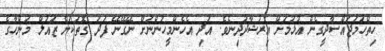
ހިތްހަމަޖައްސާދީގެން އުޅުމަށް އިރުޝާދުދިނެވެ. އަދި އެހެންމީހުންނަށް ނޭގޭނޭ ފަދަ ގޮތަކަށް ޒައުލް މަންހާގެ